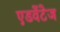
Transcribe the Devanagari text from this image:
एडवेंटेज